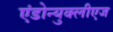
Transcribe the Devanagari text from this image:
एंडोन्युक्लीएज